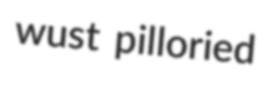
wust pilloried